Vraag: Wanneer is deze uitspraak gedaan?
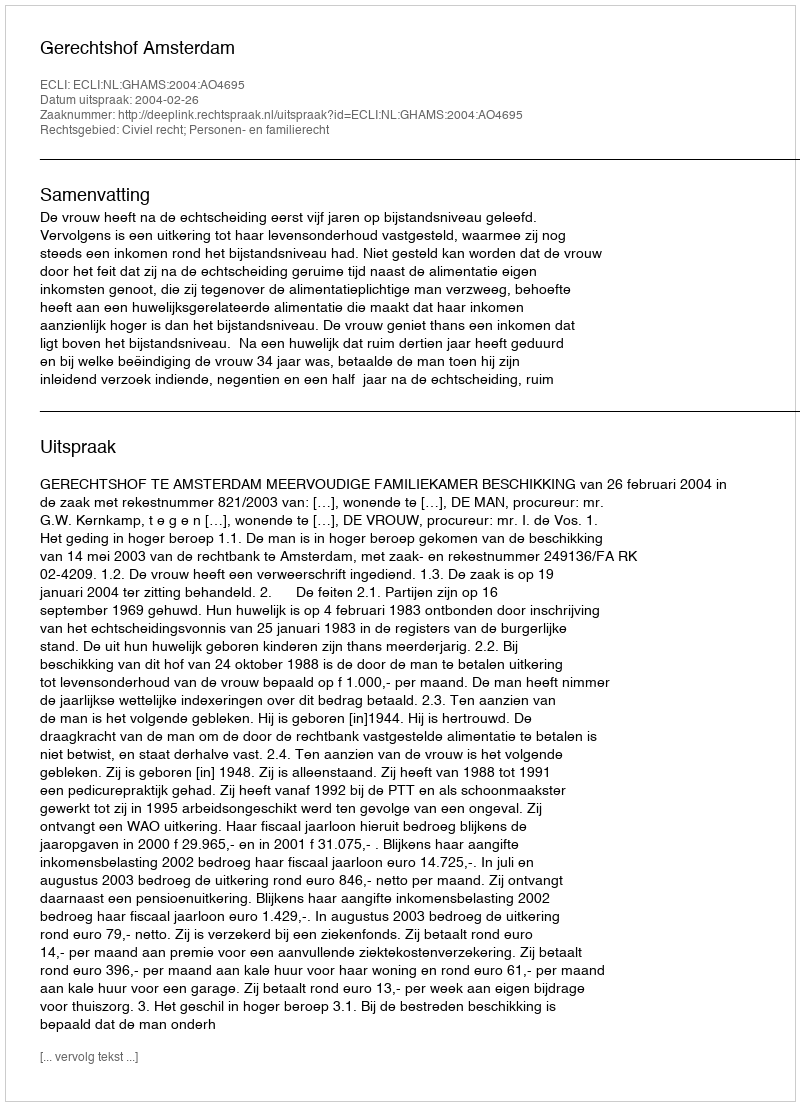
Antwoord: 2004-02-26